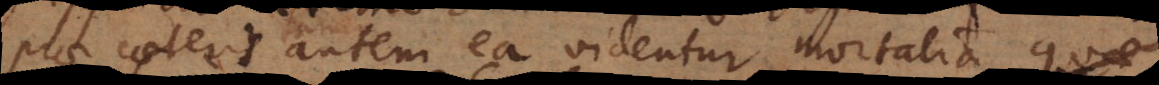
prae caeteris autem ea videntur mortalia, qu